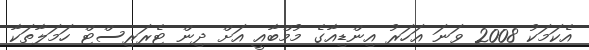
އެކަމަކު 2008 ވަނަ އަހަރު އިންޑިއާގެ މުމްބާއީ އަށް ދިން ޓެރަރިސްޓް ހަމަލާތަކާ